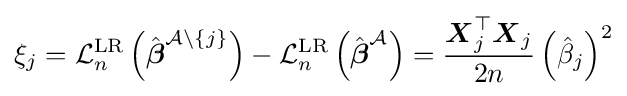
\xi _{j}={\mathcal {L}}_{n}^{\text{LR}}\left({\hat {\boldsymbol {\beta }}}^{{\mathcal {A}}\backslash \{j\}}\right)-{\mathcal {L}}_{n}^{\text{LR}}\left({\hat {\boldsymbol {\beta }}}^{\mathcal {A}}\right)={\frac {{\boldsymbol {X}}_{j}^{\top }{\boldsymbol {X}}_{j}}{2n}}\left({\hat {\beta }}_{j}\right)^{2}